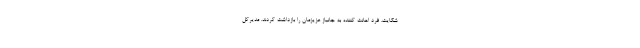
شکایت، فرد اهانت کننده به جانباز عزیزمان را بازداشت کردند. مدیرکل